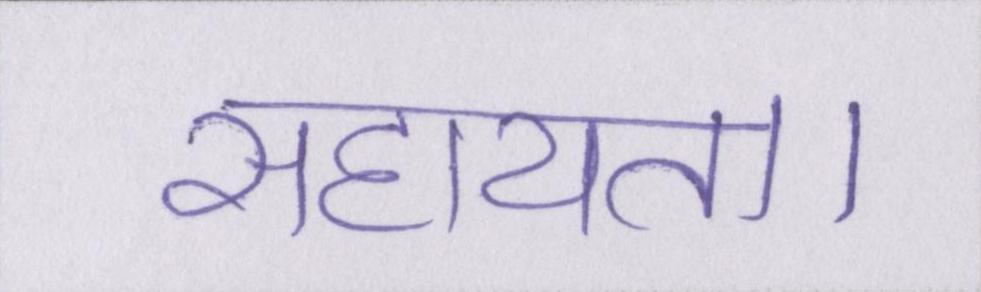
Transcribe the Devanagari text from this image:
सहायता।